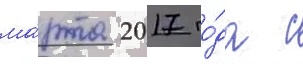
ма́рта 2017 го́да с